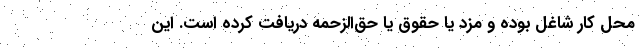
محل کار شاغل بوده و مزد یا حقوق یا حق‌الزحمه دریافت کرده است. این